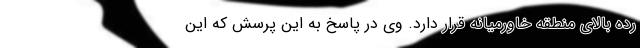
رده بالای منطقه خاورمیانه قرار دارد. وی در پاسخ به این پرسش که این